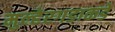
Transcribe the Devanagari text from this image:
मुल्हेरगडाकडे